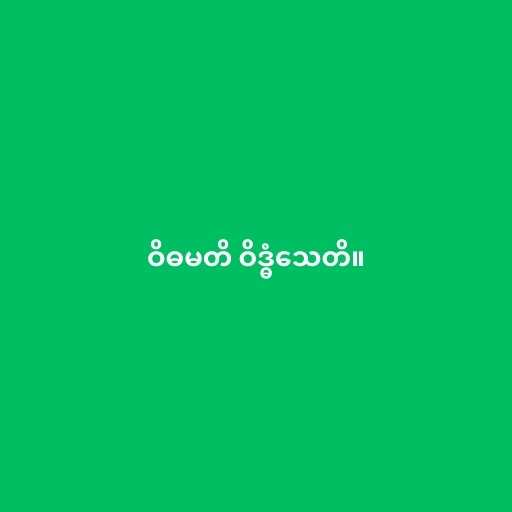
ဝိဓမတိ ဝိဒ္ဓံသေတိ။